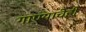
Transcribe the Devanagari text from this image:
गाण्याचेही